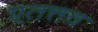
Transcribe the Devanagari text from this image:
एतत्तव